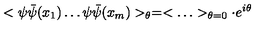
< \psi \bar { \psi } ( x _ { 1 } ) \ldots \psi \bar { \psi } ( x _ { m } ) > _ { \theta } = < \ldots > _ { \theta = 0 } \cdot e ^ { i \theta }